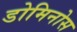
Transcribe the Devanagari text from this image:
डोमिनोस